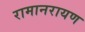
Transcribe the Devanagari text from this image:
रामानरायण